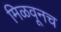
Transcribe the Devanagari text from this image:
मिळवूनच